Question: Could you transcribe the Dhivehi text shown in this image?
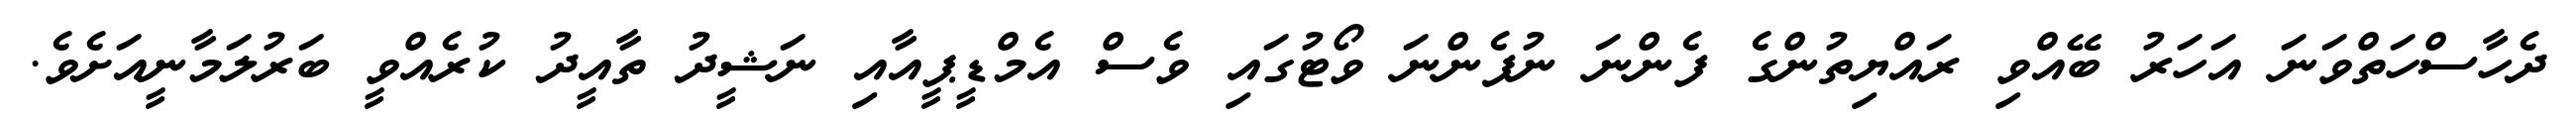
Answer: ދެހާސްހަތްވަނަ އަހަރު ބޭއްވި ރައްޔިތުންގެ ފެންނަ ނުފެންނަ ވޯޓުގައި ވެސް އެމްޑީޕީއާއި ނަޝީދު ތާއީދު ކުރެއްވީ ބަރުލަމާނީއަށެވެ.